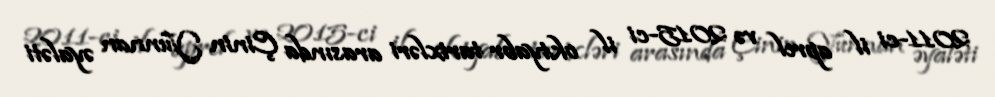
2011-ci il aprel və 2015-ci il oktyabr tarixləri arasında Çinin Yunnan əyaləti